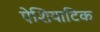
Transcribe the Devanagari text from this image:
ऐशियाटिक